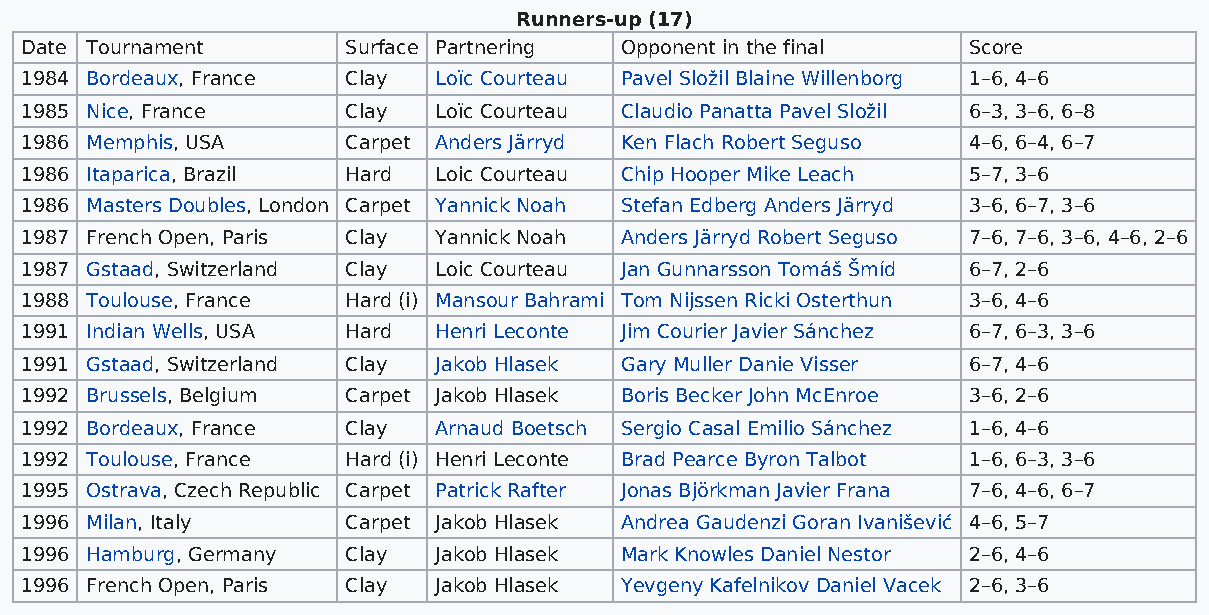
Runners-up (17)
 Date Tournament       Surface Partnering Opponent in the final Score
 1984 Bordeaux, France Clay  Loïc Courteau Pavel Složil Blaine Willenborg 1–6, 4–6
 1985 Nice, France     Clay  Loïc Courteau Claudio Panatta Pavel Složil 6–3, 3–6, 6–8
 1986 Memphis, USA     Carpet Anders Järryd Ken Flach Robert Seguso 4–6, 6–4, 6–7
 1986 Itaparica, Brazil Hard Loic Courteau Chip Hooper Mike Leach 5–7, 3–6
 1986 Masters Doubles, London Carpet Yannick Noah Stefan Edberg Anders Järryd 3–6, 6–7, 3–6
 1987 French Open, Paris Clay Yannick Noah Anders Järryd Robert Seguso 7–6, 7–6, 3–6, 4–6, 2–6
 1987 Gstaad, Switzerland Clay Loic Courteau Jan Gunnarsson Tomáš Šmíd 6–7, 2–6
 1988 Toulouse, France Hard (i) Mansour Bahrami Tom Nijssen Ricki Osterthun 3–6, 4–6
 1991 Indian Wells, USA Hard Henri Leconte Jim Courier Javier Sánchez 6–7, 6–3, 3–6
 1991 Gstaad, Switzerland Clay Jakob Hlasek Gary Muller Danie Visser 6–7, 4–6
 1992 Brussels, Belgium Carpet Jakob Hlasek Boris Becker John McEnroe 3–6, 2–6
 1992 Bordeaux, France Clay  Arnaud Boetsch Sergio Casal Emilio Sánchez 1–6, 4–6
 1992 Toulouse, France Hard (i) Henri Leconte Brad Pearce Byron Talbot 1–6, 6–3, 3–6
 1995 Ostrava, Czech Republic Carpet Patrick Rafter Jonas Björkman Javier Frana 7–6, 4–6, 6–7
 1996 Milan, Italy     Carpet Jakob Hlasek Andrea Gaudenzi Goran Ivanišević 4–6, 5–7
 1996 Hamburg, Germany Clay  Jakob Hlasek Mark Knowles Daniel Nestor 2–6, 4–6
 1996 French Open, Paris Clay Jakob Hlasek Yevgeny Kafelnikov Daniel Vacek 2–6, 3–6